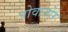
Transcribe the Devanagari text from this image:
त्रोवातोरे